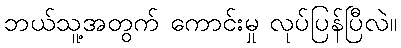
ဘယ်သူ့အတွက် ကောင်းမှု လုပ်ပြန်ပြီလဲ။